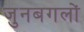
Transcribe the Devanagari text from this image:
जुनबगलों